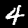
Digit: 4